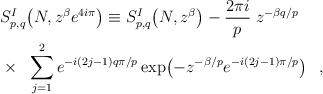
LaTeX: \begin{align*}& S^{I}_{p,q} \! \left( N,z^{\beta}e^{4i \pi} \right) \equiv S^{I}_{p,q} \! \left( N,z^{\beta} \right)- \frac{2\pi i}{p} \; z^{-\beta q/p} \\& \times \;\; \sum_{j=1}^{2} e^{-i(2j-1)q \pi/p} \exp \!\left( -z^{-\beta/p} e^{-i(2j-1) \pi/p} \right) \;\; ,\end{align*}